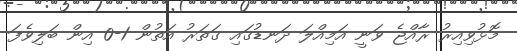
މޮޅުވިއިރު ރާއްޖެ ވަނީ އަމިއްލަ ދަނޑުގައި ގަތަރު އަތުން 1-0 އިން ބަލިވެފަ